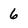
Character: 6